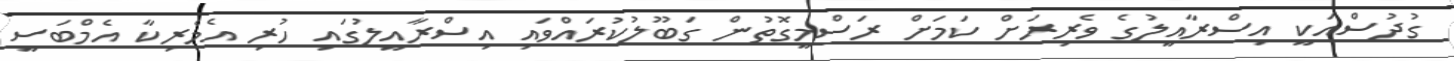
ގުދުސްއަކީ އިސްރާއީލުގެ ވެރިރަށް ކަމަށް ރަސްމީގޮތުން ގަބޫލުކުރައްވައި އިސްރާއީލުގައި ހުރި އެމެރިކާ އެމްބަސީ